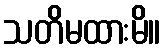
သတိမထားမိ။